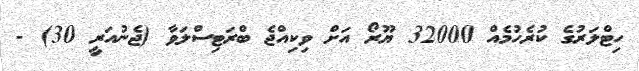
ހިޓްލަރުގެ ކުރެހުމެއް 32000 ޔޫރޯ އަށް ވިކިއްޖެ ބްރަޓިސްލަވާ (ޖެނުއަރީ 30) -